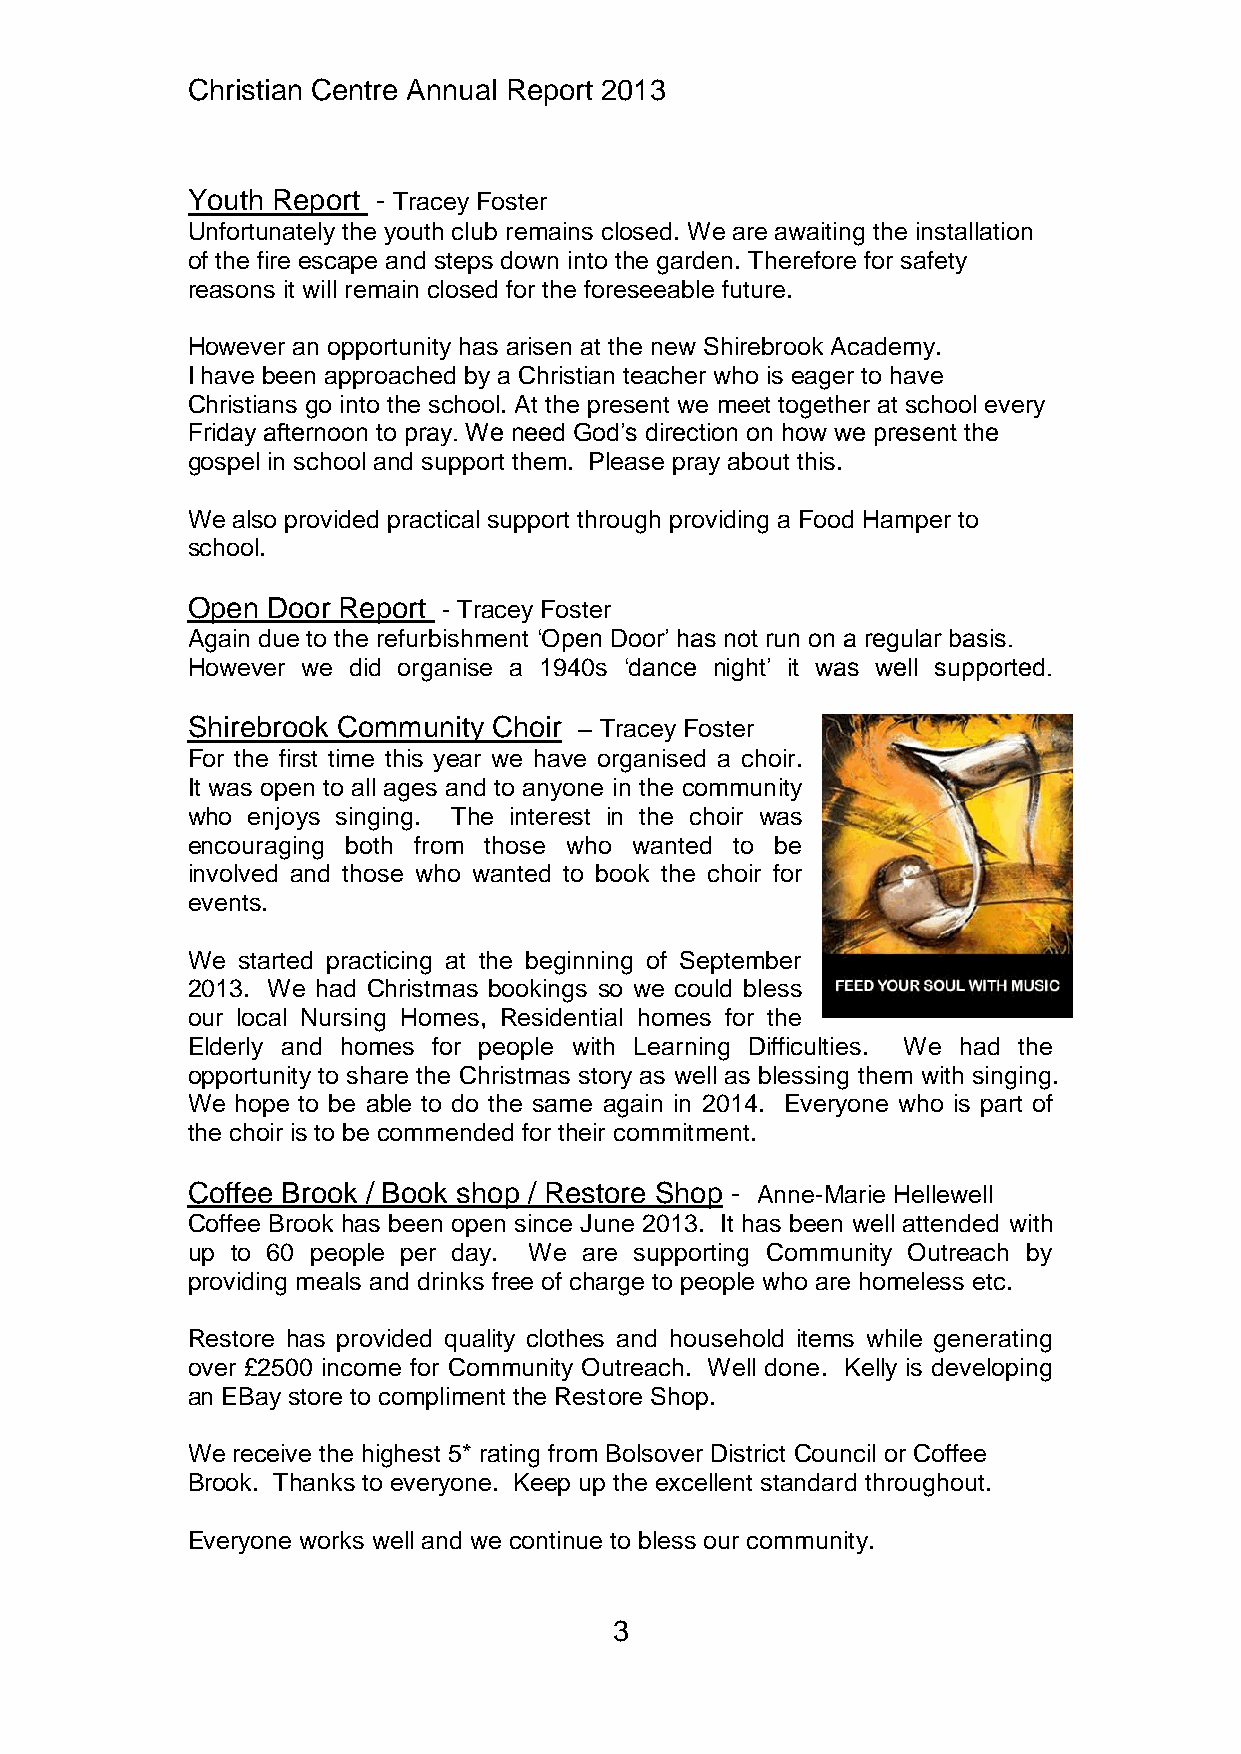
Christian Centre Annual Report 2013
 Youth Report - Tracey Foster
 Unfortunately the youth club remains closed. We are awaiting the installation
 of the fire escape and steps down into the garden. Therefore for safety
 reasons it will remain closed for the foreseeable future.
 However an opportunity has arisen at the new Shirebrook Academy.
 I have been approached by a Christian teacher who is eager to have
 Christians go into the school. At the present we meet together at school every
 Friday afternoon to pray. We need God’s direction on how we present the
 gospel in school and support them. Please pray about this.
 We also provided practical support through providing a Food Hamper to
 school.
 Open  Door Report - Tracey Foster
 Again due to the refurbishment ‘Open Door’ has not run on a regular basis.
 However we did organise a 1940s ‘dance night’ it was well supported.
 Shirebrook Community Choir – Tracey Foster
 For the first time this year we have organised a choir.
 It was open to all ages and to anyone in the community
 who enjoys singing. The interest in the choir was
 encouraging both from those who wanted to be
 involved and those who wanted to book the choir for
 events.
 We  started practicing at the beginning of September
 2013. We had Christmas bookings so we could bless
 our local Nursing Homes, Residential homes for the
 Elderly and homes for people with Learning Difficulties. We had the
 opportunity to share the Christmas story as well as blessing them with singing.
 We  hope to be able to do the same again in 2014. Everyone who is part of
 the choir is to be commended for their commitment.
 Coffee Brook / Book shop / Restore Shop - Anne-Marie Hellewell
 Coffee Brook has been open since June 2013. It has been well attended with
 up to 60 people per day. We are supporting Community Outreach by
 providing meals and drinks free of charge to people who are homeless etc.
 Restore has provided quality clothes and household items while generating
 over £2500 income for Community Outreach. Well done. Kelly is developing
 an EBay store to compliment the Restore Shop.
 We receive the highest 5* rating from Bolsover District Council or Coffee
 Brook. Thanks to everyone. Keep up the excellent standard throughout.
 Everyone works well and we continue to bless our community.
 3